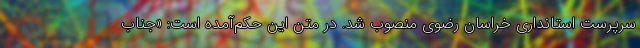
سرپرست استانداری خراسان رضوی منصوب شد. در متن این حکم‌آمده است: «جناب‌